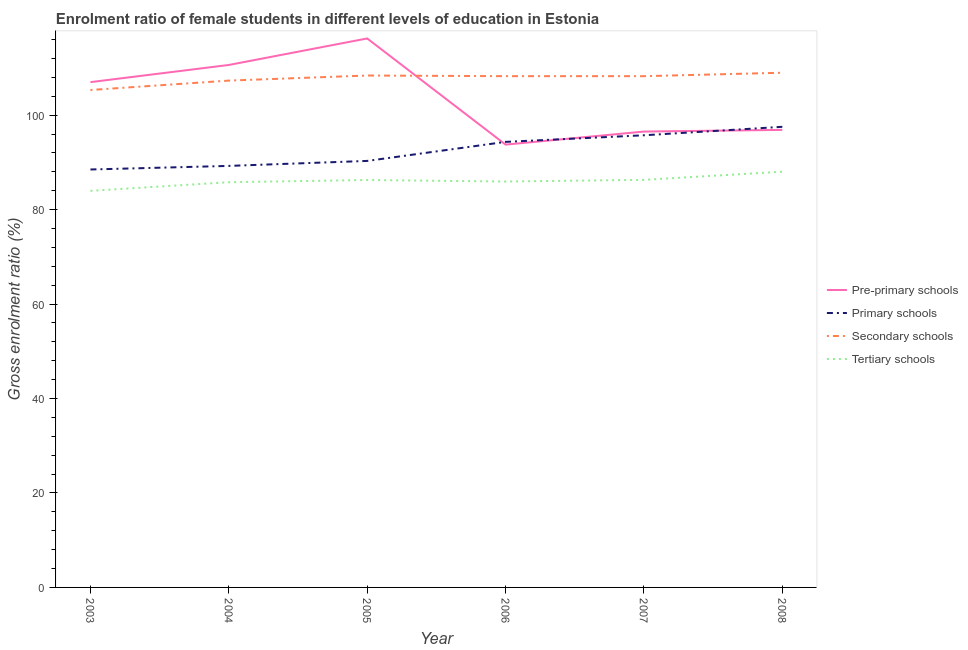
| Year | Pre-primary schools | Primary schools | Secondary schools | Tertiary schools |
 | --- | --- | --- | --- | --- |
 | 2003 | 107 | 88.5 | 105 | 84 |
 | 2004 | 111 | 89.3 | 107 | 85.8 |
 | 2005 | 116 | 90.3 | 108 | 86.3 |
 | 2006 | 93.8 | 94.3 | 108 | 86 |
 | 2007 | 96.5 | 95.7 | 108 | 86.3 |
 | 2008 | 96.9 | 97.5 | 109 | 88 |